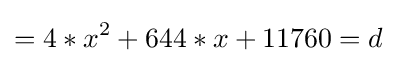
=4*x^{2}+644*x+11760=d